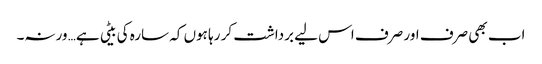
اب بھی صرف اور صرف اس لیے برداشت کر رہا ہوں کہ سارہ کی بیٹی ہے… ورنہ۔